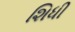
શિધી